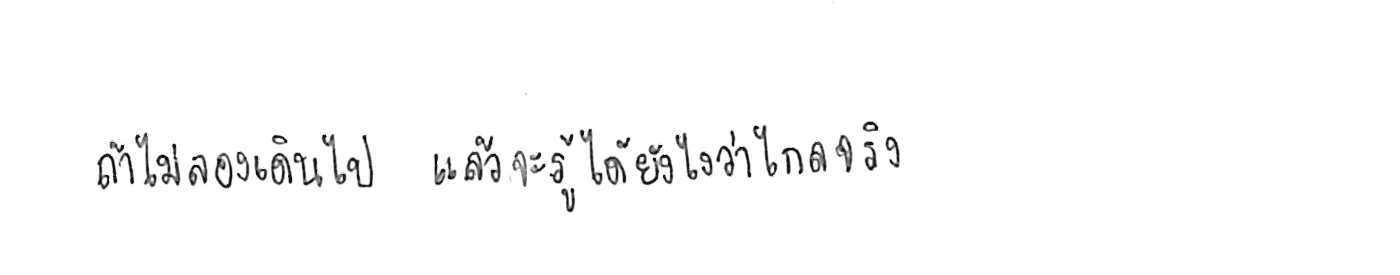
ถ้าไม่ลองเดินไป แล้วจะรู้ได้ยังไงว่าไกลจริง